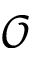
\mathcal { O }